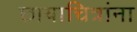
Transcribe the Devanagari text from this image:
छायाचित्रांना